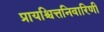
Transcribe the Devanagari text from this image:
प्रायश्चित्तनिवारिणी